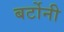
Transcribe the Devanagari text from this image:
बर्टोनी